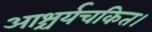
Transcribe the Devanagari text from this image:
आश्चर्यचकित।